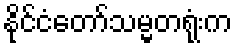
နိုင်ငံတော်သမ္မတရုံးက